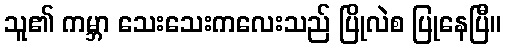
သူ၏ ကမ္ဘာ သေးသေးကလေးသည် ပြိုလဲစ ပြုနေပြီ။